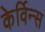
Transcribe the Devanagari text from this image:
केर्विन्स